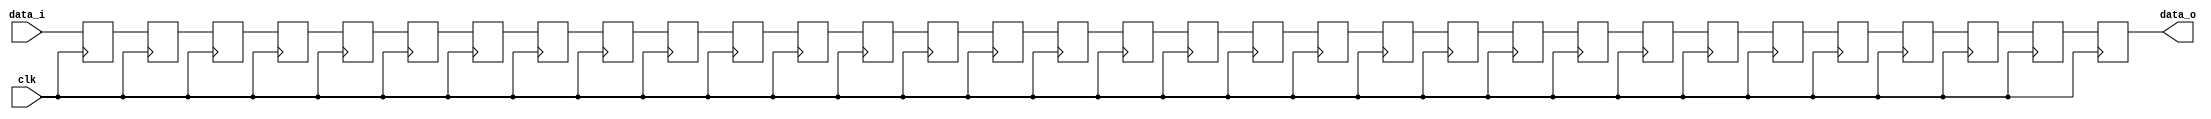
`timescale 1ns / 1ps
//////////////////////////////////////////////////////////////////////////////////
// Company:
// Engineer:
//
// Design Name:
// Module Name: delay_buffer
// Project Name: SDF_FFT_1024
// Target Devices:
// Tool Versions:
// Description:
//
// Dependencies:
//
// Revision:
// Revision 0.01 - File Created
// Additional Comments:
//
//////////////////////////////////////////////////////////////////////////////////

module delay_buffer #(
    parameter   DEPTH = 32,
    parameter   DATA_WIDTH = 16
)(
    input   wire                            clk,        //  Master Clock
    input   wire    [DATA_WIDTH-1:0]        data_i,     //  Data Input
    output  wire    [DATA_WIDTH-1:0]        data_o      //  Data Output
);

    reg [DATA_WIDTH-1:0] buffer[0:DEPTH-1];
    integer n;

    always @(posedge clk) begin
        for (n = DEPTH-1; n > 0; n = n - 1) begin
            buffer[n] <= buffer[n-1];
        end
        buffer[0] <= data_i;
    end

    assign  data_o = buffer[DEPTH-1];

endmodule